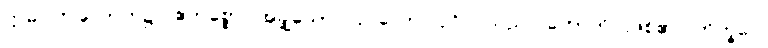
ဣဓ၊ ဤလောက၌။ ဧကစ္စော၊ အချို့သော။ ပုဂ္ဂလော၊ ပုဂ္ဂိုလ်သည်။ ဟောတိ၊ ဖြစ်၏။ ဘိက္ခဝေ၊